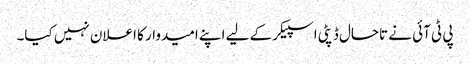
پی ٹی آئی نے تاحال ڈپٹی اسپیکر کے لیے اپنے امیدوار کا اعلان نہیں کیا۔